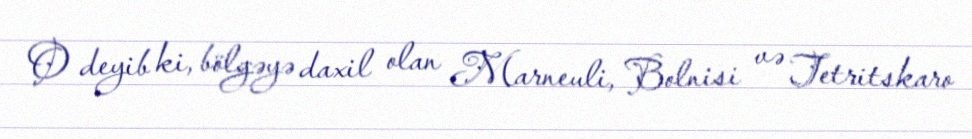
O deyib ki, bölgəyə daxil olan Marneuli, Bolnisi və Tetritskaro